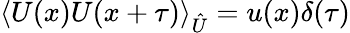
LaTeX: \langle U(x)U(x+\tau)\rangle_{\hat{U}}=u(x)\delta(\tau)